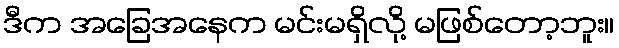
ဒီက အခြေအနေက မင်းမရှိလို့ မဖြစ်တော့ဘူး။